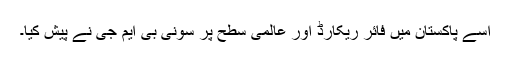
اسے پاکستان میں فائر ریکارڈ اور عالمی سطح پر سونی بی ایم جی نے پیش کیا۔